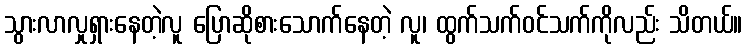
သွားလာလှုရှားနေတဲ့လူ ပြောဆိုစားသောက်နေတဲ့ လူ၊ ထွက်သက်ဝင်သက်ကိုလည်း သိတယ်။